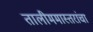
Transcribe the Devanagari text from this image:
तालीममास्तरांचा